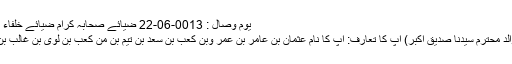
یوم وصال : 0013-06-22 ضیائے صحابہ کرام ضیائے خلفاء راشدین ضیائے عشرہ مبشرہ 8915 مزید
ابو قحافہ حضرت عثمان رضی اللہ عنہ (والد محترم سیدنا صدیق اکبر) آپ کا تعارف: آپ کا نام عثمان بن عامر بن عمر وبن کعب بن سعد بن تیم بن من کعب بن لؤی بن غالب بن فہر قر شی تیمی اور کنیت ابو قحافہ ہے۔